Civil Veterinary Dept. Bombay admin report 1893-99 - 1893-1899
Year: 1893
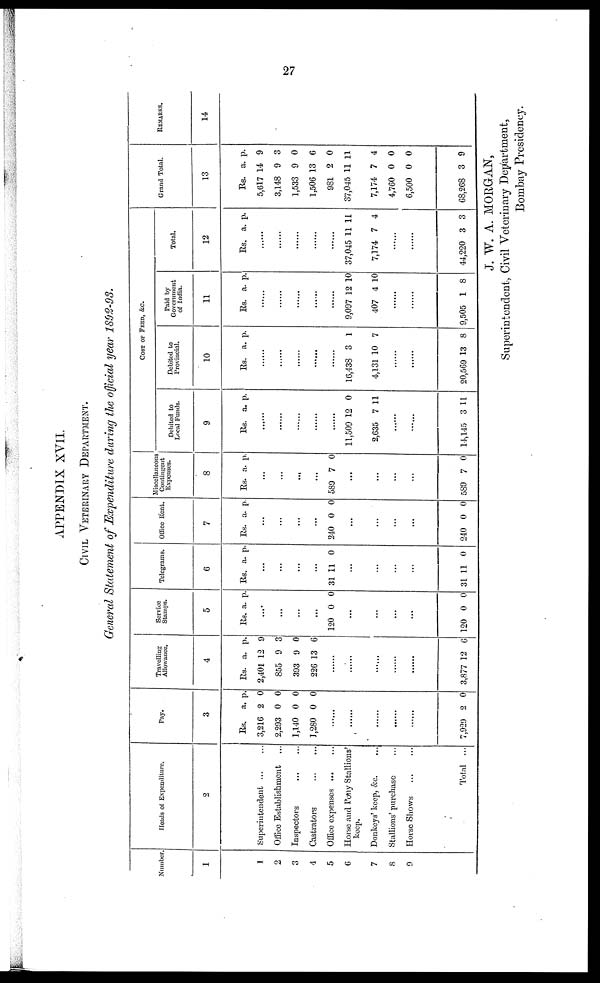
27
APPENDIX XVII.
CIVIL VETERINARY DEPARTMENT.
General Statement of Expenditure during the official year 1892-93.
Number
1
1
2
3
4
5
6
7
8
9
Heads of Expenditure.
2
Superintendent ... ...
Office Establishment ...
Inspectors ... ...
Castrators
...
...
Office expenses
...
...
Horse and Pony Stallions'
keep.
Donkeys' keep, &c. ...
Stallions' purchase ...
Horse Shows ... ...
Total ...
Pay.
3
Rs.
3,216
2,293
1,140
1,280
a.
2
0
0
0
p.
0
0
0
0
......
......
......
......
......
7,929 2 0
Travelling
Allowance.
4
Rs.
2,401
855
393
226
a.
12
9
9
13
p.
9
3
0
6
......
......
......
......
......
3,877 12 6
Service
Stamps.
5
Rs a. p.
...
...
...
...
120 0 0
....
...
...
...
120 0 0
Telegrams.
6
Rs. a. p.
...
...
...
...
31 11 0
...
...
...
...
31 11 0
Office Rent.
7
Rs. a. p.
...
...
...
...
240 0 0
...
...
...
...
240 0 0
Miscelaneous
Contingent
Expenses.
8
Rs. a. p.
...
...
...
...
589 7 0
...
.
..
...
...
589 7 0
COST OF FEED, &c.
Debited to
Local Funds.
9
Rs. a . p.
......
......
......
......
......
11,509
2,635
12
7
0
11
......
......
14,145 3 11
Debited to
Provincial.
10
Rs. a. p.
......
......
......
......
......
16,438
4,131
3
10
1
7
......
......
20,569 13 8
Paid
by
Government
of India.
11
Rs. a . p.
......
......
......
......
......
9,097
407
12
4
10
10
......
......
9,505 1 8
Total.
12
Rs. a. p.
......
......
......
......
......
37,045
7,174
11
7
11
4
......
......
44,220 3 3
Grand Total.
13
Rs.
5,617
3,148
1,533
1,506
981
37,045
7,174
4,760
6,500
68,268
a.
14
9
9
13
2
11
7
0
0
3
p.
9
3
0
6
0
11
4
0
0
9
REMARKS.
14
J. W. A. MORGAN,
Superintendent, Civil Veterinary Department,
Bombay Presidency.